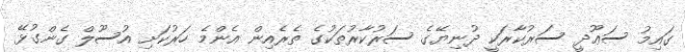
ގައިމު ސަޢޫދީ ސަރުކާރަކީ ދުނިޔޭގެ ސަރުކާރުތަކުގެ ތެރެއިން އެންމެ ހަރުކަށި އުސޫލް ގެންގުޅޭ